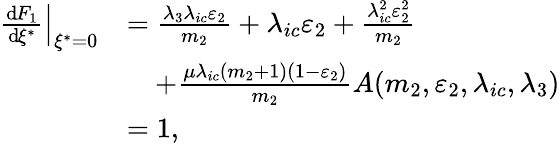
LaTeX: \begin{array}{rl}{\left.{\frac{\operatorname{d}\! F_{1}}{\operatorname{d}\! \xi^{*}}}\right|_{\xi^{*}=0}}&{=\frac{\lambda_{3}\lambda_{ic}\varepsilon_{2}}{m_{2}}+\lambda_{ic}\varepsilon_{2}+\frac{\lambda_{ic}^{2}\varepsilon_{2}^{2}}{m_{2}}}\\ &{\quad+\frac{\mu\lambda_{ic}(m_{2}+1)(1-\varepsilon_{2})}{m_{2}}A(m_{2},\varepsilon_{2},\lambda_{ic},\lambda_{3})}\\ &{=1,}\end{array}